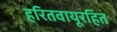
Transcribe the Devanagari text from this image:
हरितवायूरहित